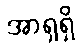
အာရှရှိ